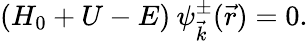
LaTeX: (H_{0}+U-E)\: \psi_{\vec{k}}^{\pm}(\vec{r})=0.